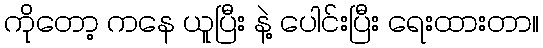
ကိုတော့ ကနေ ယူပြီး နဲ့ ပေါင်းပြီး ရေးထားတာ။